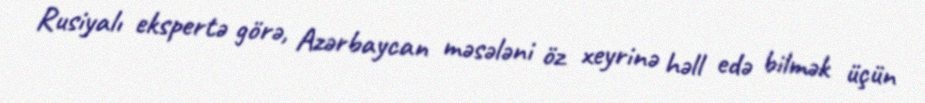
Rusiyalı ekspertə görə, Azərbaycan məsələni öz xeyrinə həll edə bilmək üçün